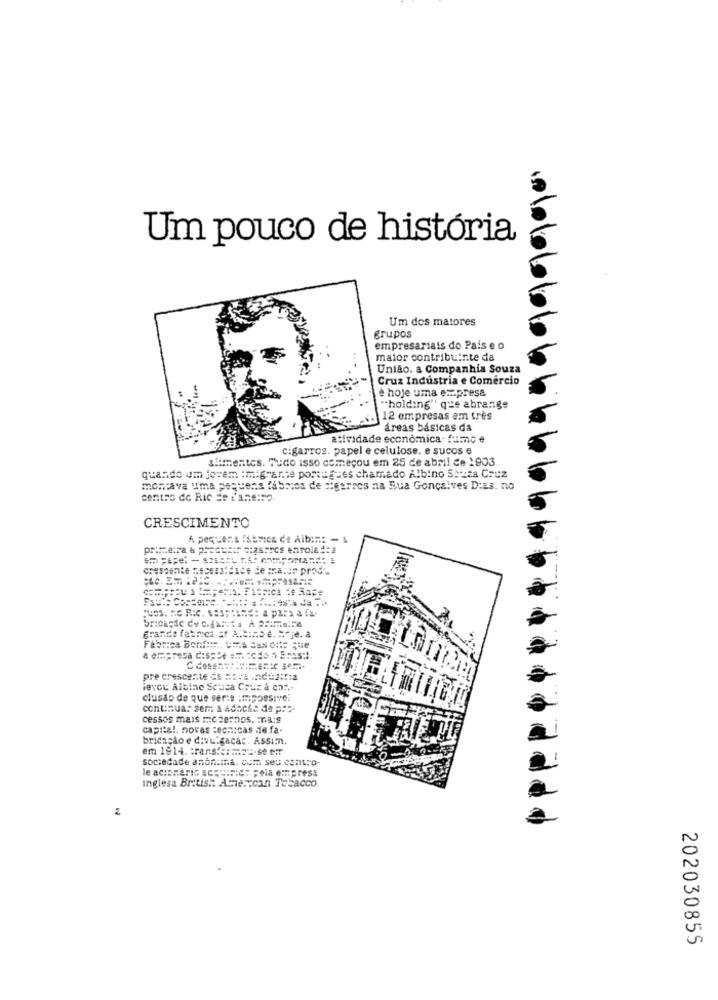
Um pouco de história
Um dos matores
grupos
empresariais do Pais e o
maior contribuinte da
União. a Companhia Souza
Cruz Industria e Comercio
è hoje uma empresa
"holding" que abrange
12 empresas em très
áreas básicas da
atividade economica: fumo e
cigarros. papel e celulose. e sucos e
alimentes. Tudo isso começou em 25 de abril de 1903
quando um jovem :migrante portugues chamado Albino Souza Cruz
montava uma pequena fábrica de cigarros na Hua Goncalves Diss. no
centro de Ric de t'ane:so.
CRESCIMENTO
primeira & preducir ciasorcs enrola4:
crescente necessidade de mater prod".
Found: a pars a fa-
grande fabrica = A ==:
Fabrica Benf :::. VES Sas onte que
a empresa disp'e an. todo o Eras :!.
pre crescente di =:** . ndeat:a
levou Albino Scusa Cruz a can-
clusão de que ser:a :mpossivel
continua: sem a adache de pro-
cessos mais modernos. ma:9
capital. novas tecnicas de fa-
bricasão e divulgacar. Assimm.
em 1914. transferme :- se emr
sociedade anónima. com seu Contro-
le acioneric acquiric: Fela empress
Inglesa British American Tobacco
W
202030855